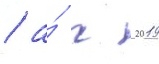
/ а́ с 2019